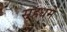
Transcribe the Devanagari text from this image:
सहधर्म